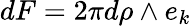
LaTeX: dF=2\pi d\rho\wedge e_{k}